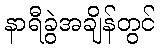
နာရီခွဲအချိန်တွင်